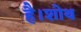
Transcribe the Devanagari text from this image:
है।शोथ